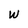
Character: W